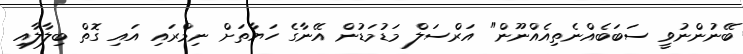
ބޭނުންނުވީ ސަބަބެއްނެތިއެއްނޫން" އަރްސަލް މަޑުމަޑުން އޭނާގެ ހަޔާތަށް ނިމްރައި އައި ގޮތް ބިލާލާއި